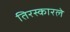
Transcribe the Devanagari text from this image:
तिरस्कारले